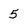
Character: 5